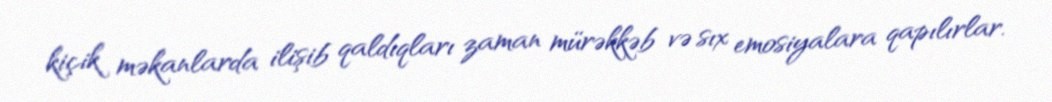
kiçik məkanlarda ilişib qaldıqları zaman mürəkkəb və sıx emosiyalara qapılırlar.